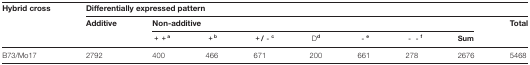
<table><thead><tr><td><b>Hybrid cross</b></td><td colspan="8"><b>Differentially expressed pattern</b></td><td></td></tr><tr><td></td><td><b>Additive</b></td><td colspan="7"><b>Non-additive</b></td><td><b>Total</b></td></tr></thead><tbody><tr><td></td><td></td><td><b>++</b><sup><b>a</b></sup></td><td><b>+</b><sup><b>b</b></sup></td><td><b>+/-</b><sup><b>c</b></sup></td><td>D<sup><b>d</b></sup></td><td><b>-</b><sup><b>e</b></sup></td><td><b>--</b><sup><b>f</b></sup></td><td><b>Sum</b></td><td></td></tr><tr><td>B73/Mo17</td><td>2792</td><td>400</td><td>466</td><td>671</td><td>200</td><td>661</td><td>278</td><td>2676</td><td>5468</td></tr></tbody></table>